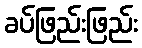
ခပ်ဖြည်းဖြည်း